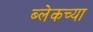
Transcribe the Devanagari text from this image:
ब्लेकच्या